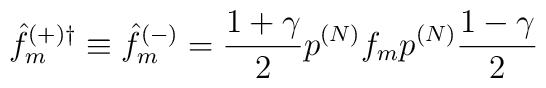
{\hat{f}}^{(+)\dagger}_m \equiv {\hat{f}}^{(-)}_m = \frac{1+{\gamma}}{2}p^{(N)} f_m p^{(N)}\frac{1-{\gamma}}{2}